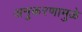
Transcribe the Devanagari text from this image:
अनुकरणामुळे